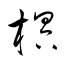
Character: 榠